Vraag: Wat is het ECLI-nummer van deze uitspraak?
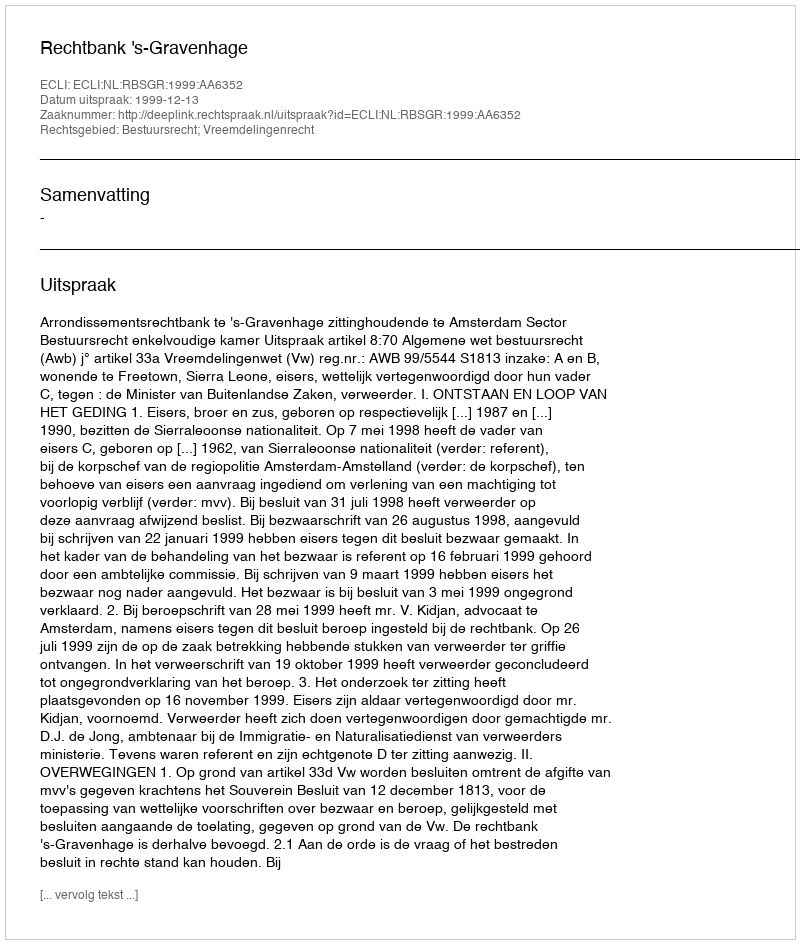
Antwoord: ECLI:NL:RBSGR:1999:AA6352